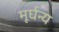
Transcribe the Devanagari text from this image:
मूर्घन्य